Report of the Indian Hemp Drugs Commission, 1894-1895 - Volume VI
Year: 1894
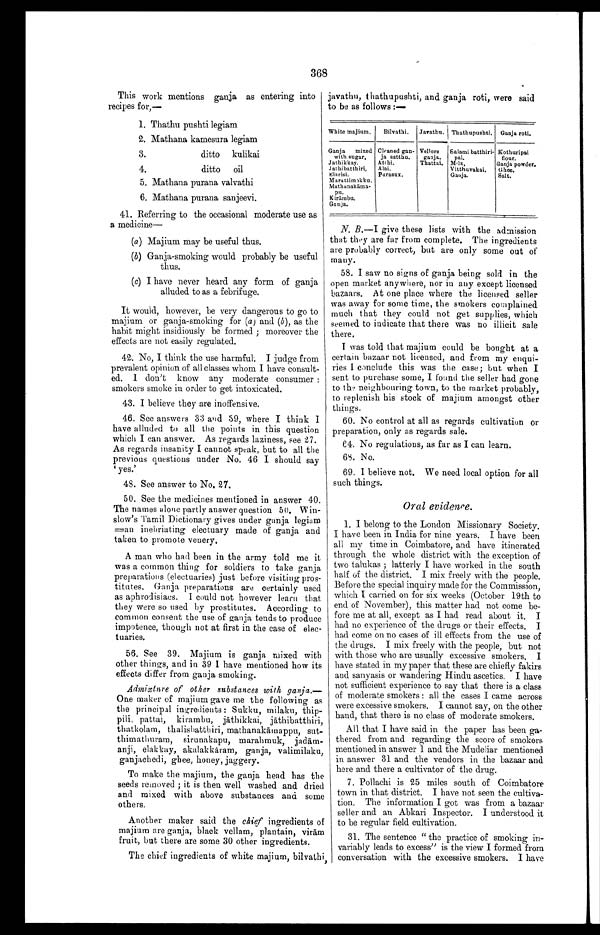
1. I belong to the London Missionary Society.
I have been in India for nine years. I have been
all my time in Coimbatore, and have itinerated
through the whole district with the exception of
two talukas ; latterly I have worked in the south
half of the district. I mix freely with the people.
Before the special inquiry made for the Commission,
which I carried on for six weeks (October 19th to
end of November), this matter had not come be-
fore me at all, except as I had read about it. I
had no experience of the drugs or their effects. I
had come on no cases of ill effects from the use of
the drugs. I mix freely with the people, but not
with those who are usually excessive smokers. I
have stated in my paper that these are chiefly fakirs
and sanyasis or wandering Hindu ascetics. I have
not sufficient experience to say that there is a class
of moderate smokers : all the cases I came across
were excessive smokers. I cannot say, on the other
hand, that there is no class of moderate smokers.
All that I have said in the paper has been ga-
thered. from and regarding the score of smokers
mentioned in answer 1 and the Mudeliar mentioned
in answer 31 and the vendors in the bazaar and
here and there a cultivator of the drug.
7. Pollachi is 25 miles south of Coimbatore
town in that district. I have not seen the cultiva-
tion. The information I got was from a bazaar
seller and an Abkari Inspector. I understood. it
to be regular field cultivation.
31. The sentence " the practice of smoking in-
variably leads to excess" is the view I formed from
conversation with the excessive smokers. I have
368
This work mentions ganja as entering into
recipes for,—
1. Thathu pushti legiam
2. Mathana kamesura legiam
3.
ditto kulikai
4.
ditto oil
5. Mathana purana valvathi
6. Mathana purana sanjeevi.
41. Referring to the occasional moderate use as
a medicine—
(a) Majium may be useful thus.
(b) Ganja-smoking would probably be useful
thus.
(c) I have never heard any form of ganja
alluded to as a febrifuge.
It would, however, be very dangerous to go to
majium or ganja-smoking for (a) and (b ), as the
habit might insidiously be formed ; moreover the
effects are not easily regulated.
42. No, I think the use harmful. I judge from
prevalent opinion of all classes whom I have consult-
ed. I don't know any moderate consumer :
smokers smoke in order to get intoxicated.
43. I believe they are inoffensive.
46. See answers 33 and 39, where I think I
have alluded to all the points in this question
which I can answer. As regards laziness, see 27.
As regards insanity I cannot speak, but to all the
previous questions under No. 46 I should say
yes.'
48. See answer to No. 27.
50. See the medicines mentioned in answer 40.
The names alone partly answer question 50. Win-
slow's Tamil Dictionary gives under ganja legiam
= = a n i n e b r i a t i n g e l e c t u a r y m a d e o f g a n j a a n d
taken to promote venery.
A man who had been in the army told me it
was a common thing for soldiers to take ganja
preparations (electuaries) just before visiting pros-
titutes, Ganja preparations are certainly used
as aphrodisiacs. I could not however learn that
they were so used by prostitutes. According to
common consent the use of ganja tends to produce
impotence, though not at first in the case of elec-
tuaries.
javathu, thathupushti, and ganja roti, were said
to be as follows :—
White majium. Bilvathi. Javathu. Thathupushti. Ganja roti.
Ganja mixed
with sugar,
Cleaned gan-
ja satthu.
Vellore
gaaja.
Kothuripai flour.
Salami batthiri-
pal,
Jathikkay.
Atthi.
Thattai. Milk,
Ganja powder.
Jathibatthiri, Alai.
Vitthuvakai. Ghee.
Elarisi.
Purasux.
Ganja.
Salt.
Marattimokku.
Mathanakāma
-pu.
Kirāmbu. Ganja.
N. B.—I give these lists with the admission
that they are far from complete. The ingredients
are probably correct, but are only some out of
many.
58. I saw no signs of ganja being sold in the
open market anywhere, nor in any except licensed
bazaars. At one place where the licensed seller
was away for some time, the smokers complained
much that they could not get supplies, which
seemed to indicate that there was no illicit sale
there.
I was told that majium could be bought at a
certain bazaar not licensed, and from my enqui-
ries I conclude this was the case; but when I
sent to purchase some, I found the seller had gone
to the neighbouring town, to the market probably,
to replenish his stock of majium amongst other
things.
60. No control at all as regards cultivation or
preparation, only as regards sale.
64. No regulations, as far as I can learn.
68. No.
69. I believe not. We need local option for all
such things.
Oral evidence.
56. See 39. Majium is ganja mixed with
other things, and in 39 I have mentioned how its
effects differ from ganja smoking.
Admixture of other substances with, ganja.
— O n e m a k e r o f m a j i u m g a v e m e t h e f o l l o w i n g a s
the principal ingredients : Sukku, milaku, thip-
pili, pattai, kirambu, jāthikkai, jāthibatthiri,
thatkolam, thalisbatthiri, mathanak ā mappu, sut-
thimathuram, sirunakapu, marahmuk, jad ā m-
anji, elakkay, akalakkāram, ganja, valimilaku,
ganjachedi, ghee, honey, jaggery.
To make the majium, the ganja head has the
seeds removed ; it is then well washed and dried
and mixed with above substances and some
others.
Another maker said the chief ingredients of
majium are ganja, black vellam, plantain, vir ām
fruit, but there are some 30 other ingredients.
The chief ingredients of white majium, bilvathi,